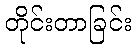
တိုင်းတာခြင်း